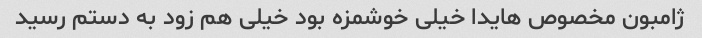
ژامبون مخصوص هایدا خیلی خوشمزه بود خیلی هم زود به دستم رسید